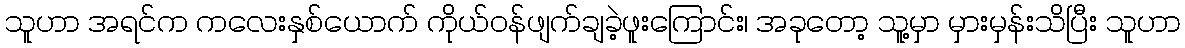
သူဟာ အရင်က ကလေးနှစ်ယောက် ကိုယ်ဝန်ဖျက်ချခဲ့ဖူးကြောင်း၊ အခုတော့ သူ့မှာ မှားမှန်းသိပြီး သူဟာ